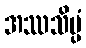
အဿသိပ္ပံ